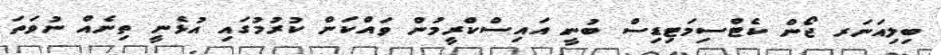
ބިލިއަނަރ ޖޯން ކެޓްސިމަޓިޑިސް ބުނީ އައިސްކްރީމުން ވައްކަން ކުރުމުގައި އުޅެނީ ތިނެއް ނުވަތަ